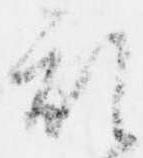
乱